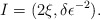
\begin{align*} I= (2 \xi, \delta \epsilon^{-2}). \end{align*}